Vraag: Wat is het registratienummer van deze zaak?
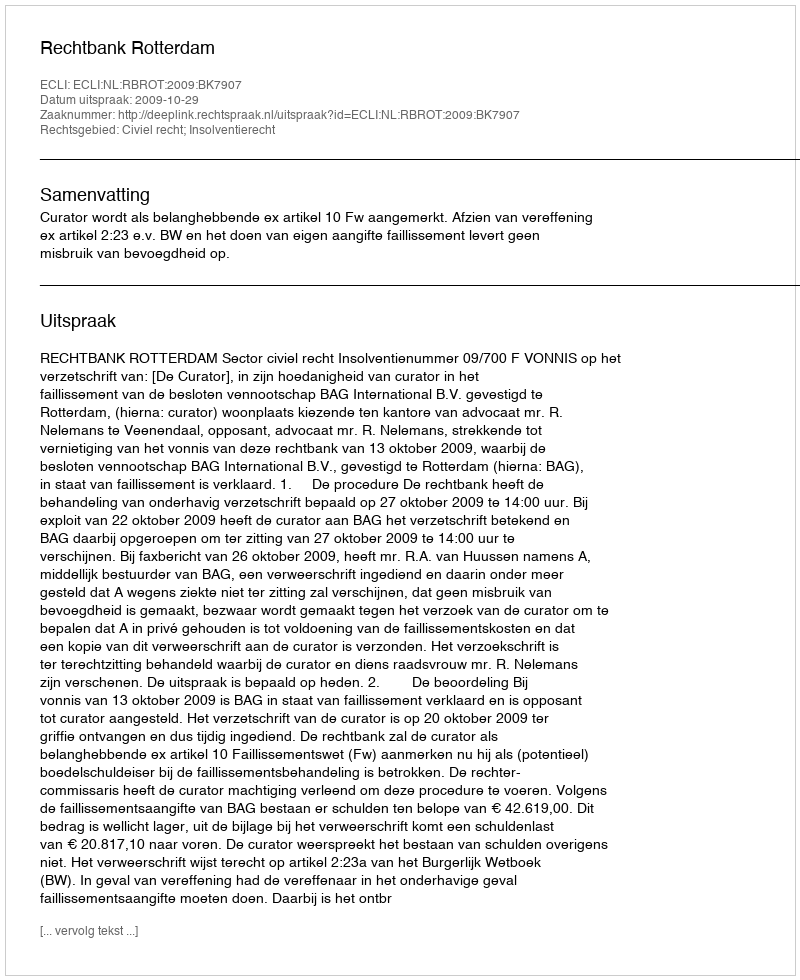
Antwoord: http://deeplink.rechtspraak.nl/uitspraak?id=ECLI:NL:RBROT:2009:BK7907